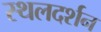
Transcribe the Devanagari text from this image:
स्थलदर्शन